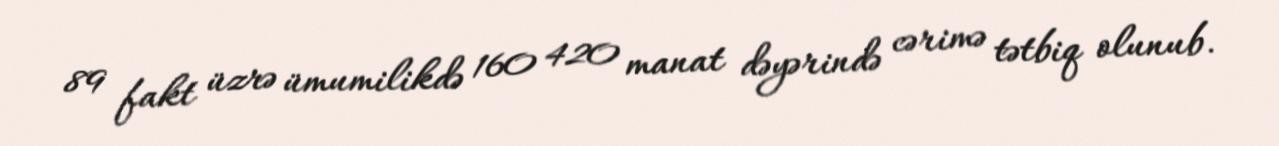
89 fakt üzrə ümumilikdə 160 420 manat dəyərində cərimə tətbiq olunub.